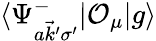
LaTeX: \langle\Psi_{a\vec{k}^{\prime}\sigma^{\prime}}^{-}|\mathcal{O}_{\mu}|g\rangle